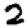
Digit: 2